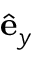
\hat { \mathbf { e } } _ { y }